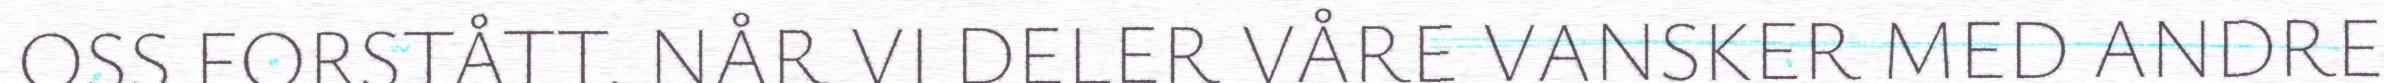
OSS FORSTÅTT. NÅR VI DELER VÅRE VANSKER MED ANDRE